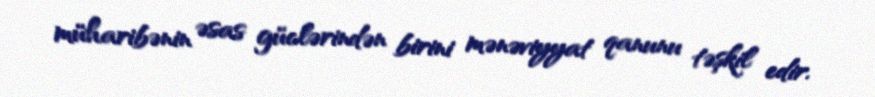
müharibənin əsas güclərindən birini mənəviyyat qanunu təşkil edir.